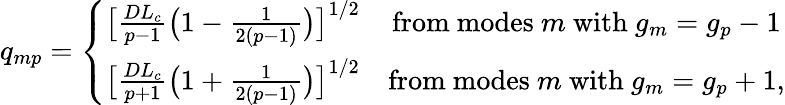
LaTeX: q_{mp}=\left\{ \begin{array}{cc}{\big[\frac{DL_{c}}{p-1}\big(1-\frac{1}{2(p-1)}\big)\big]^{1/2}}&{\mathrm{from~modes~}m\mathrm{~with~}g_{m}=g_{p}-1}\\ {\big[\frac{DL_{c}}{p+1}\big(1+\frac{1}{2(p-1)}\big)\big]^{1/2}}&{\mathrm{from~modes~}m\mathrm{~with~}g_{m}=g_{p}+1,}\end{array}\right.